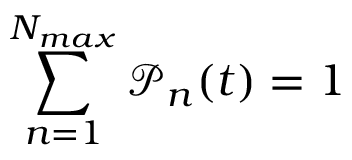
\sum _ { n = 1 } ^ { N _ { m a x } } \mathcal { P } _ { n } ( t ) = 1